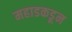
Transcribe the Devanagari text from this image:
महाडकडून